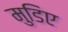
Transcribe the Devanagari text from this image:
मुडिए